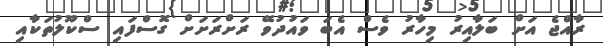
ރާއްޖެ އަށް ބަލާއިރު މިހާރު ވެސް އެބަ ވައުދުވޭ ރަށްރަށަށް ގޮސްފައި ސްކޫލުތަކާއި